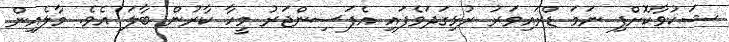
ޝަކުވާކޮށްފި ނަމަ ޑްރައިވަރު ރުޅިގަދަވެފައި އެފަސިންޖަރު މީހާ ކާރުން ބާލަ އެވެ. މާލެއިން